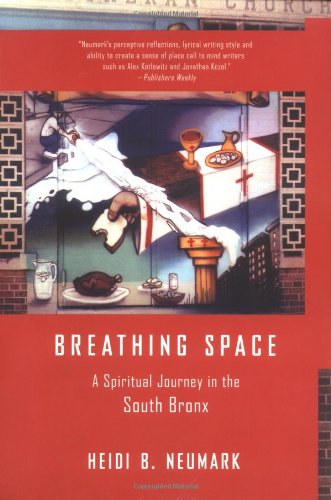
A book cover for Breathing Space: A Spiritual Journey in the South Bronx; Heidi Neumark; Christian Books & Bibles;